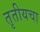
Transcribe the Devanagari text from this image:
तृतीयचा